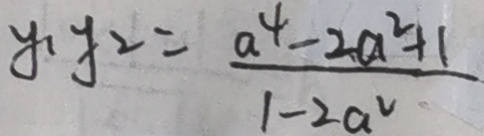
y _ { 1 } y _ { 2 } = \frac { a ^ { 4 } - 2 a ^ { 2 } + 1 } { 1 - 2 a ^ { 2 } }